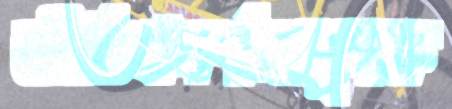
ভীতিপ্রদর্শনমূলক